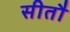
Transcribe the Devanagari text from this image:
सीतौ